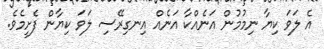
އެ ލަވަ ކިޔާ ނިމުމުން އަނެއްކާ އަނެއް އިނގިރޭސި ލަވަ ކިޔާން ފެށީމެވެ.